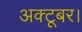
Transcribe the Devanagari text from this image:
अक्टूबर।